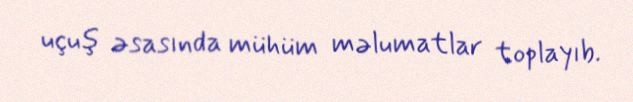
uçuş əsasında mühüm məlumatlar toplayıb.